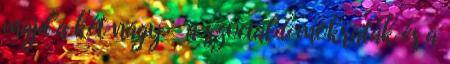
majd a két nagy – a szociáldemokraták és a